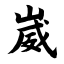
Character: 崴